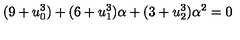
( 9 + u _ { 0 } ^ { 3 } ) + ( 6 + u _ { 1 } ^ { 3 } ) \alpha + ( 3 + u _ { 2 } ^ { 3 } ) \alpha ^ { 2 } = 0